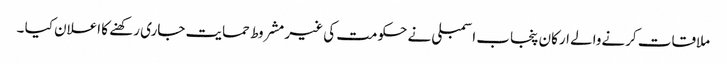
ملاقات کرنےوالے ارکان پنجاب اسمبلی نے حکومت کی غیر مشروط حمایت جاری رکھنے کا اعلان کیا ۔